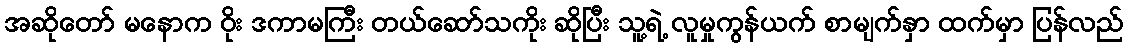
အဆိုတော် မနောက ဝိုး ဒကာမကြီး တယ်ဆော်သကိုး ဆိုပြီး သူ့ရဲ့ လူမှုကွန်ယက် စာမျက်နှာ ထက်မှာ ပြန်လည်